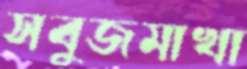
সবুজমাখা